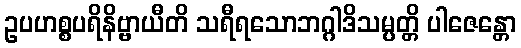
ဥပဟစ္စပရိနိဗ္ဗာယီတိ သရီရသောဘဂ္ဂါဒိသမ္ပတ္တိ ပါဇေန္တော